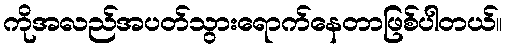
ကိုအလည်အပတ်သွားရောက်နေတာဖြစ်ပါတယ်။